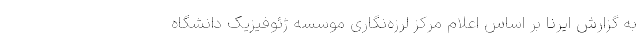
به گزارش ایرنا بر اساس اعلام مرکز لرزه‌نگاری موسسه ژئوفیزیک دانشگاه